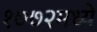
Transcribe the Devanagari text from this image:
१७७२मध्ये